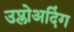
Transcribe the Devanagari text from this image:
उप्लोअदिंग